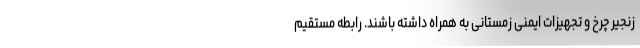
زنجیر چرخ و تجهیزات ایمنی زمستانی به همراه داشته باشند. رابطه مستقیم